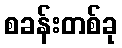
စခန်းတစ်ခု